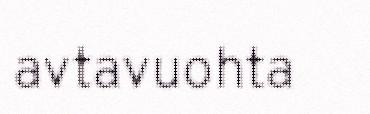
avtavuohta